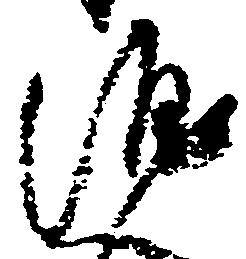
涯